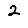
Digit: 2